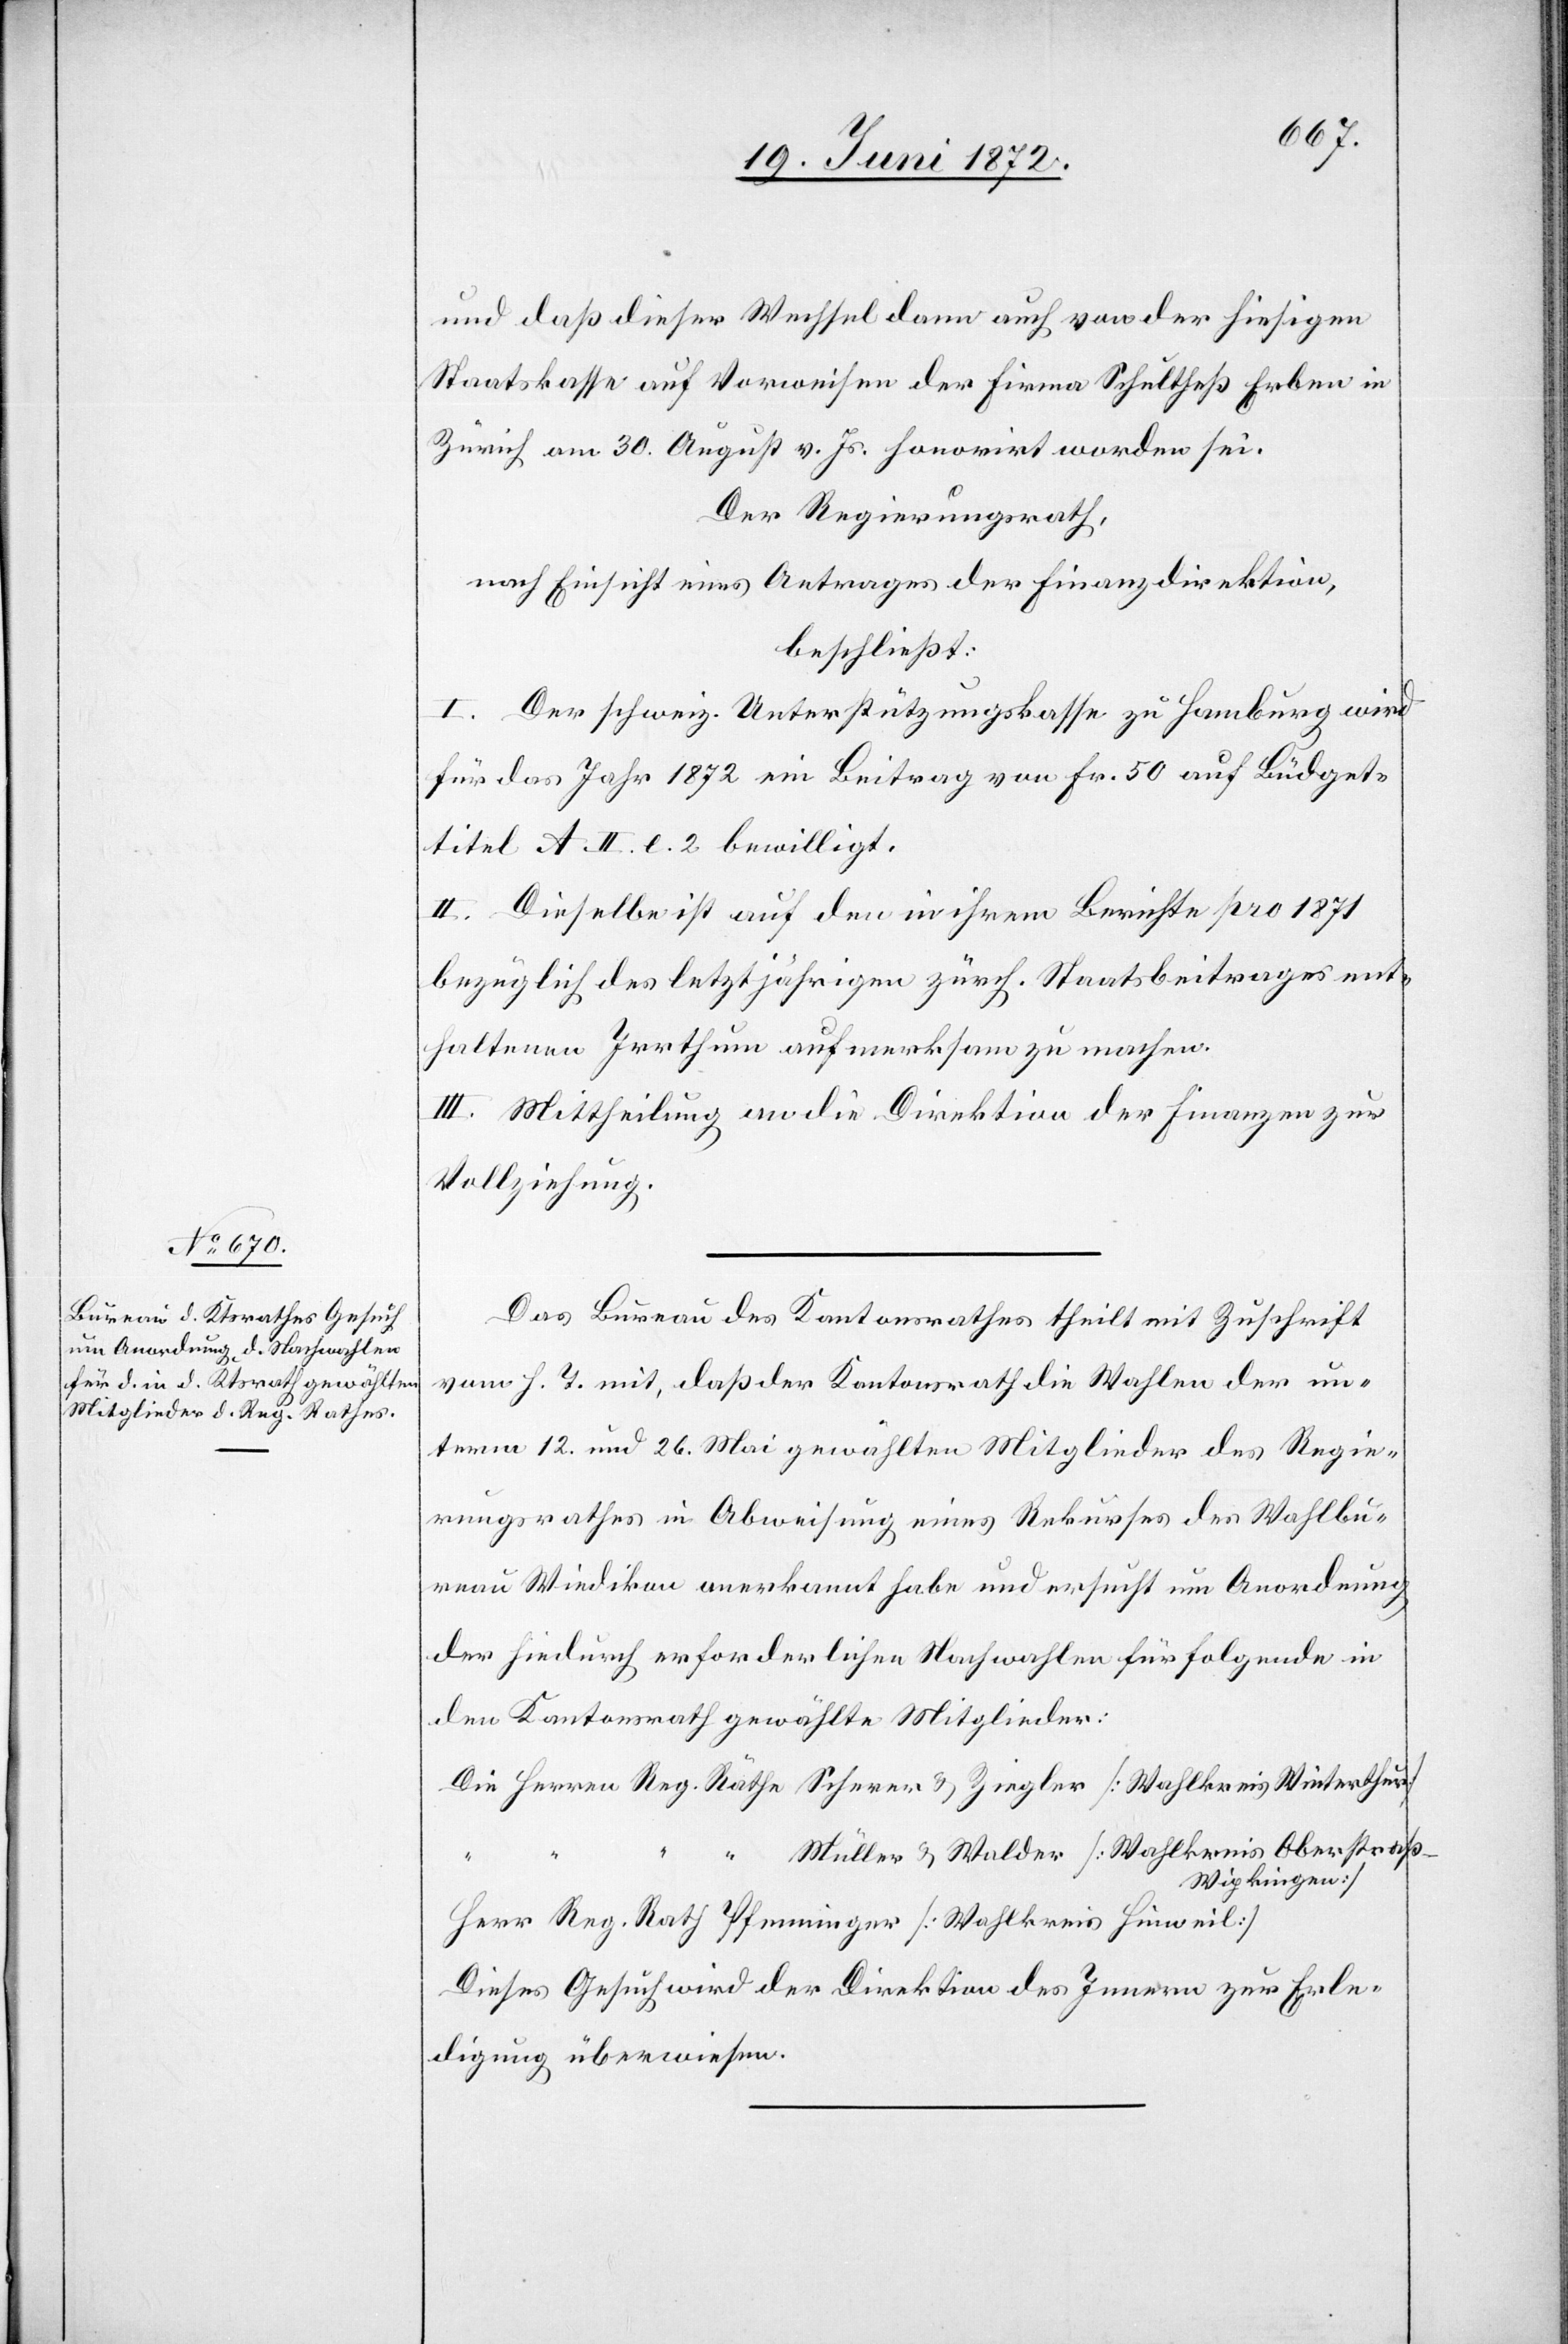
Das Bureau des Kantonsrathes theilt mit Zuschrift
vom h. T. mit, daß der Kantonsrath die Wahlen der un¬
term 12. und 26. Mai gewählten Mitglieder des Regie¬
rungsrathes in Abweisung eines Rekurses des Wahlbu¬
reau Wiedikon anerkannt habe und ersucht um Anordnung
der hiedurch erforderlichen Nachwahlen für folgende in
den Kantonsrath gewählte Mitglieder:
Müller u. Walder [Wahlkreis Oberstra¬
ß-Wipkingen]
Herr Reg. Rath Pfenninger [Wahlkreis Hinweil]
Dieses Gesuch wird der Direktion des Innern zur Erle¬
digung überwiesen.